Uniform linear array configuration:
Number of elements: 8
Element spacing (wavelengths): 0.75
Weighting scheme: hann
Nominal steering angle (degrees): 0
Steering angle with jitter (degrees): -0.03587
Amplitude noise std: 0.05
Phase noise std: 0.05

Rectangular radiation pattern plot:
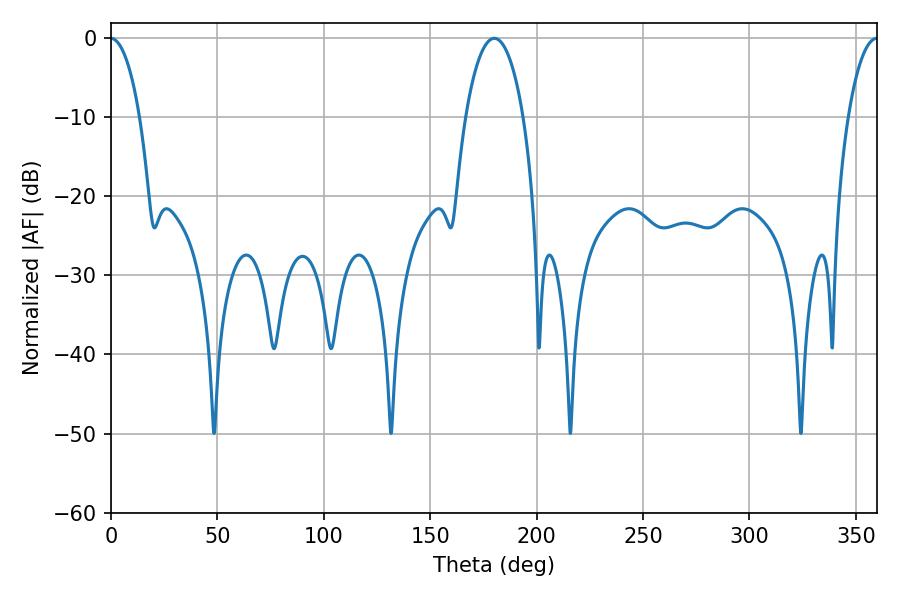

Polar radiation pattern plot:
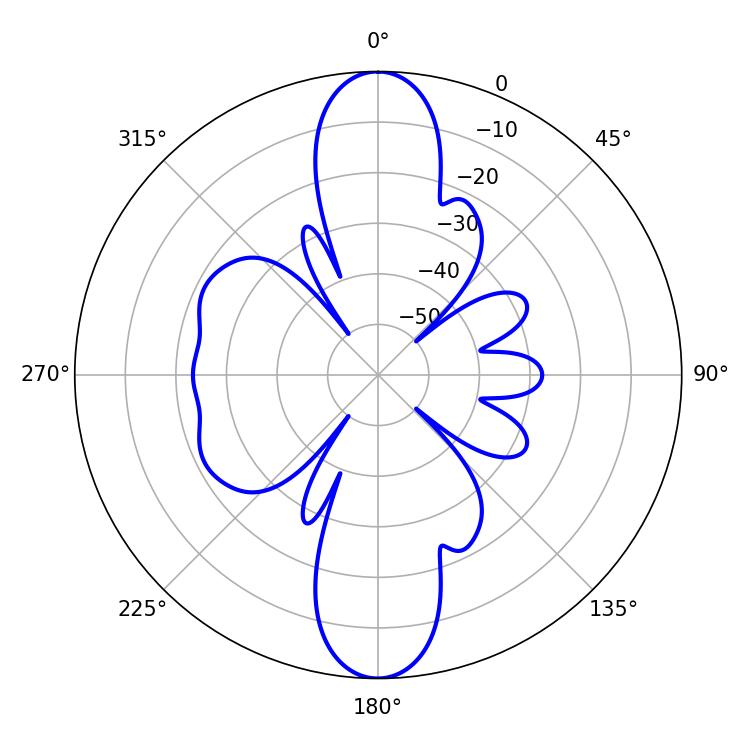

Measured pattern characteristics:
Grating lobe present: TRUE
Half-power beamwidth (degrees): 15.3
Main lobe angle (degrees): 180.18